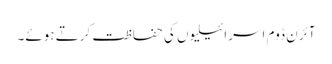
آئرن ڈوم اسرائیلیوں کی حفاظت کرتے ہوئے۔